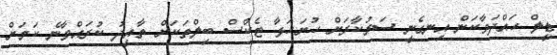
ޑީލް ހައްދަވާކަން އިނގެނީ ސަރުކާރަށް ހުށަހަޅާ ޓެކްސް ބިލްތަކަށް ތާއިދު ކުރައްވާނެ ކަމަށް